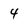
Character: 4